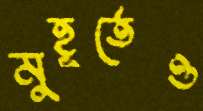
মুহূর্তেও